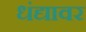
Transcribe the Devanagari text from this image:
धंद्यावर